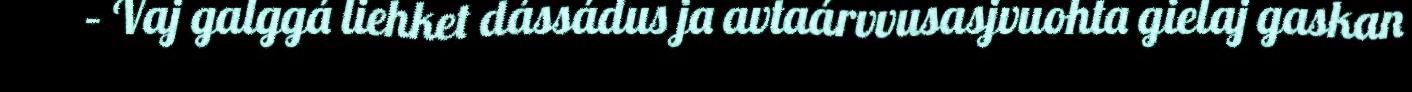
– Vaj galggá liehket dássádus ja avtaárvvusasjvuohta gielaj gaskan